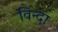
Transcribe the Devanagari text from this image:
विन्दा